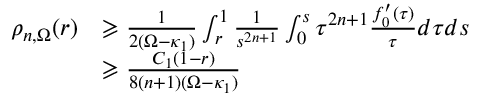
\begin{array} { r l } { \rho _ { n , \Omega } ( r ) } & { \geqslant \frac { 1 } { 2 ( \Omega - \kappa _ { 1 } ) } \int _ { r } ^ { 1 } \frac { 1 } { s ^ { 2 n + 1 } } \int _ { 0 } ^ { s } { \tau ^ { 2 n + 1 } } \frac { f _ { 0 } ^ { \prime } ( \tau ) } { \tau } d \tau d s } \\ & { \geqslant \frac { C _ { 1 } ( 1 - r ) } { 8 ( n + 1 ) ( \Omega - \kappa _ { 1 } ) } } \end{array}